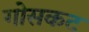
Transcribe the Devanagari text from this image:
गोसकट